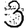
Digit: 3